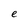
Character: e